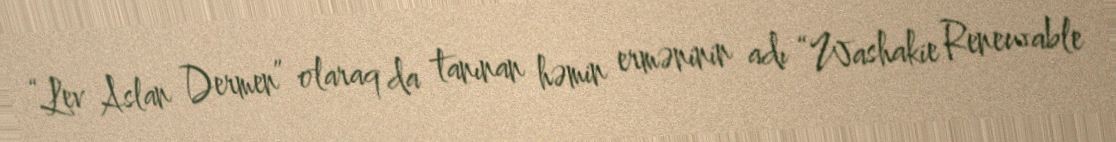
“Lev Aslan Dermen” olaraq da tanınan həmin erməninin adı “Washakie Renewable